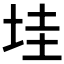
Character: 𡋣